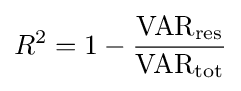
R^{2}={1-{{\text{VAR}}_{\text{res}} \over {\text{VAR}}_{\text{tot}}}}